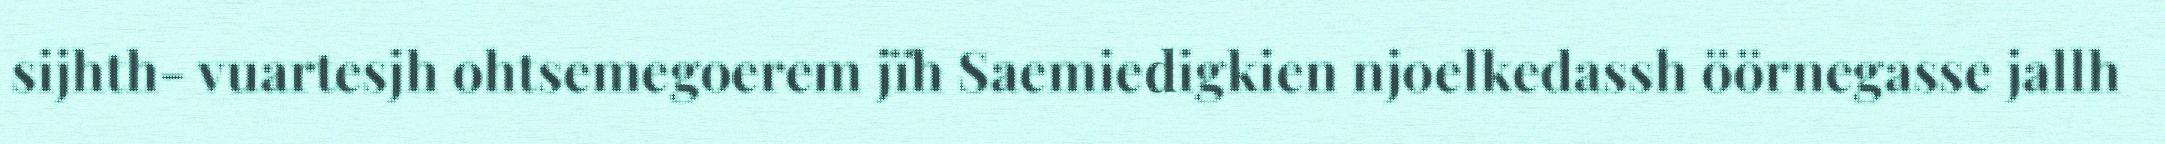
sijhth- vuartesjh ohtsemegoerem jïh Saemiedigkien njoelkedassh öörnegasse jallh